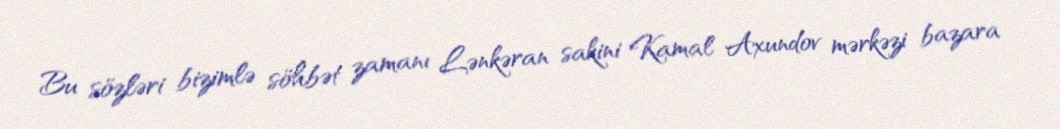
Bu sözləri bizimlə söhbət zamanı Lənkəran sakini Kamal Axundov mərkəzi bazara